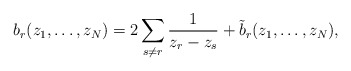
\begin{align*}b_{r}(z_{1},\ldots,z_{N})=2\sum_{s\ne r}\frac{1}{z_{r}-z_{s}}+\tilde{b}_{r}(z_{1},\ldots, z_{N}),\end{align*}